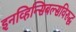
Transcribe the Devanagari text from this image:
इनव्हिन्सिबल्सविरुद्ध